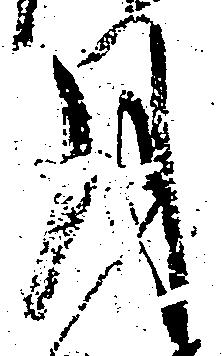
月